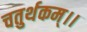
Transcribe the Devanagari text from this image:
चतुर्थकम्।।